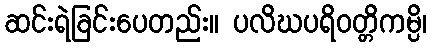
ဆင်းရဲခြင်းပေတည်း။ ပလိဃပရိဝတ္တိကမ္ပိ၊